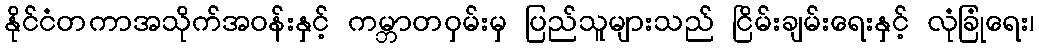
နိုင်ငံတကာအသိုက်အဝန်းနှင့် ကမ္ဘာတဝှမ်းမှ ပြည်သူများသည် ငြိမ်းချမ်းရေးနှင့် လုံခြုံရေး၊